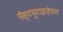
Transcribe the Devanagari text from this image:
पैस्टयुराइज़ेशन